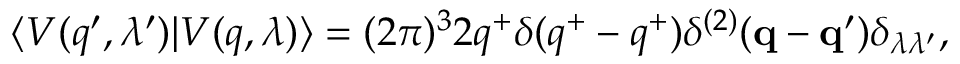
\langle V ( q ^ { \prime } , \lambda ^ { \prime } ) | V ( q , \lambda ) \rangle = ( 2 \pi ) ^ { 3 } 2 q ^ { + } \delta ( q ^ { + } - q ^ { + } ) \delta ^ { ( 2 ) } ( { \bf q } - { \bf q ^ { \prime } } ) \delta _ { \lambda \lambda ^ { \prime } } ,